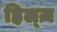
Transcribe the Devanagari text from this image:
हिल्ज़